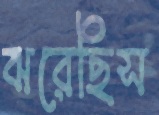
ঝরেছিস